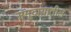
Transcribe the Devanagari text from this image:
समूदायातील